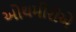
ઓથમીરોએ